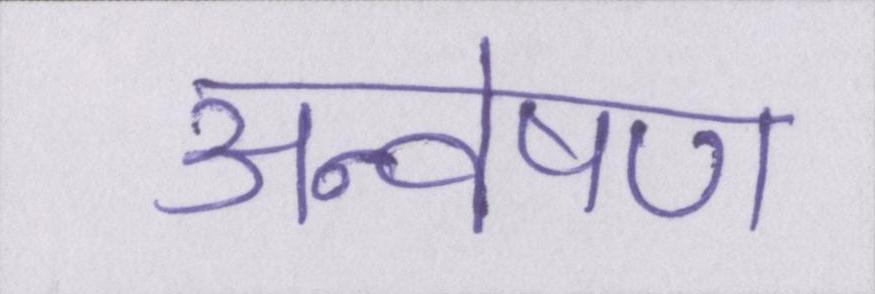
अन्वेषण